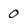
Character: 0